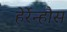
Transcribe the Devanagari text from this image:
हेर्रेन्हौस